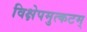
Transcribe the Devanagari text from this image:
विक्षेपमुत्कटम्